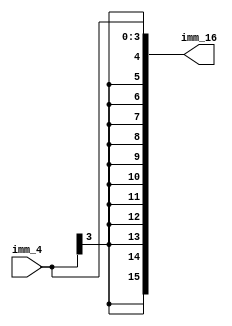
module sign_ext_4_16(
  imm_4, imm_16);
  
  input [3:0] imm_4;
  output[15:0] imm_16;
  
  assign imm_16 = {{12{imm_4[3]}}, imm_4};
endmodule